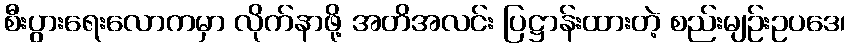
စီးပွားရေးလောကမှာ လိုက်နာဖို့ အတိအလင်း ပြဋ္ဌာန်းထားတဲ့ စည်းမျဉ်းဥပဒေ၊